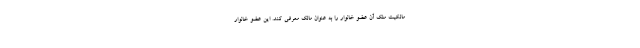
مالکیت ملک آن عضو خانوار را به عنوان مالک معرفی کند. این عضو خانوار